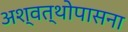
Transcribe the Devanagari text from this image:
अश्वत्थोपासना